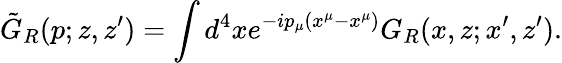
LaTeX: \tilde{G}_{R}(p;z,z^{\prime})=\int d^{4}xe^{-ip_{\mu}(x^{\mu}-x^{\mu})}G_{R}(x,z;x^{\prime},z^{\prime}).